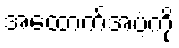
အထောက်အပံ့ကို